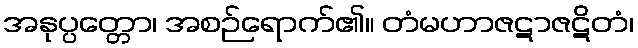
အနုပ္ပတ္တော၊ အစဉ်ရောက်၏။ တံမဟာဇဋာဇဋိတံ၊